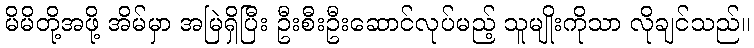
မိမိတို့အဖို့ အိမ်မှာ အမြဲရှိပြီး ဦးစီးဦးဆောင်လုပ်မည့် သူမျိုးကိုသာ လိုချင်သည်။